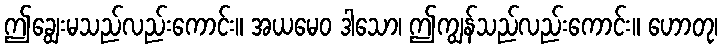
ဤချွေးမသည်လည်းကောင်း။ အယမေဝ ဒါသော၊ ဤကျွန်သည်လည်းကောင်း။ ဟောတု၊